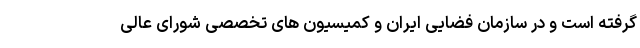
گرفته است و در سازمان فضایی ایران و کمیسیون های تخصصی شورای عالی